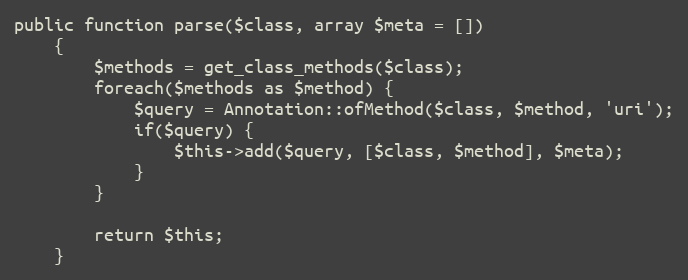
Language: PHP
public function parse($class, array $meta = [])
    {
        $methods = get_class_methods($class);
        foreach($methods as $method) {
            $query = Annotation::ofMethod($class, $method, 'uri');
            if($query) {
                $this->add($query, [$class, $method], $meta);
            }
        }

        return $this;
    }